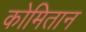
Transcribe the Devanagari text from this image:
कोमितान